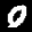
Digit: 0